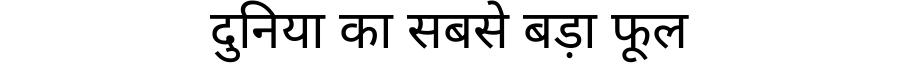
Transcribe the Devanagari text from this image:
दुनिया का सबसे बड़ा फूल